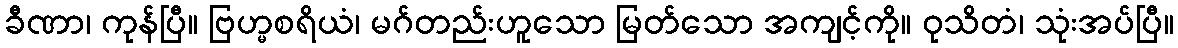
ခီဏာ၊ ကုန်ပြီ။ ဗြဟ္မစရိယံ၊ မဂ်တည်းဟူသော မြတ်သော အကျင့်ကို။ ဝုသိတံ၊ သုံးအပ်ပြီ။